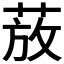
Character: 𫈚